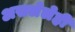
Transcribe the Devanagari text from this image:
असलेलेही